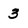
Character: 3